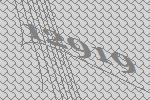
12919